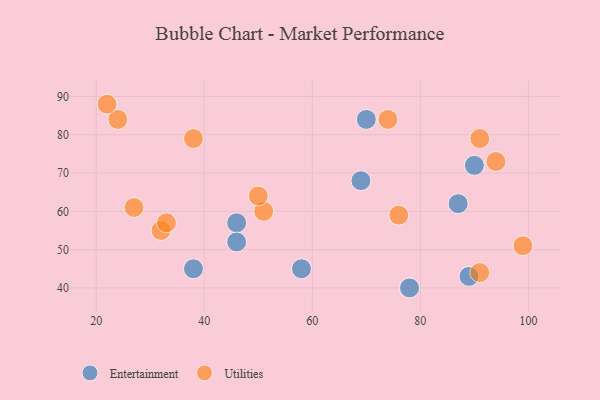
{"axis": {"x": "GDP", "y": "Life Expectancy"}, "legend": ["Entertainment", "Utilities"], "data": [{"x": "38", "y": 45, "type": "Entertainment"}, {"x": "89", "y": 43, "type": "Entertainment"}, {"x": "46", "y": 57, "type": "Entertainment"}, {"x": "78", "y": 40, "type": "Entertainment"}, {"x": "58", "y": 45, "type": "Entertainment"}, {"x": "90", "y": 72, "type": "Entertainment"}, {"x": "87", "y": 62, "type": "Entertainment"}, {"x": "69", "y": 68, "type": "Entertainment"}, {"x": "70", "y": 84, "type": "Entertainment"}, {"x": "46", "y": 52, "type": "Entertainment"}, {"x": "51", "y": 60, "type": "Utilities"}, {"x": "99", "y": 51, "type": "Utilities"}, {"x": "76", "y": 59, "type": "Utilities"}, {"x": "74", "y": 84, "type": "Utilities"}, {"x": "24", "y": 84, "type": "Utilities"}, {"x": "94", "y": 73, "type": "Utilities"}, {"x": "27", "y": 61, "type": "Utilities"}, {"x": "22", "y": 88, "type": "Utilities"}, {"x": "32", "y": 55, "type": "Utilities"}, {"x": "38", "y": 79, "type": "Utilities"}, {"x": "91", "y": 79, "type": "Utilities"}, {"x": "91", "y": 44, "type": "Utilities"}, {"x": "33", "y": 57, "type": "Utilities"}, {"x": "50", "y": 64, "type": "Utilities"}]}